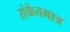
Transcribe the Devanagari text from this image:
संकेतमात्र